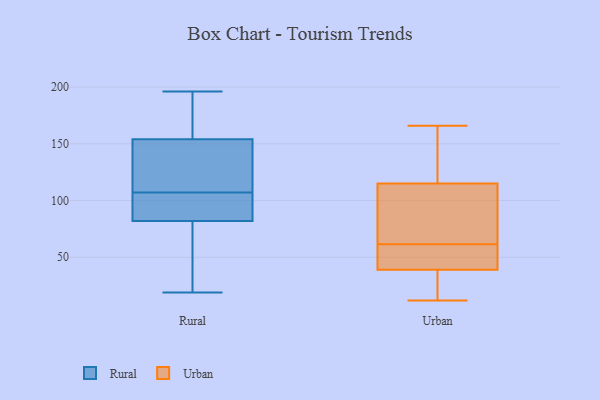
{"axis": {"x": "Humidity (%)", "y": "Value"}, "legend": ["Rural", "Urban"], "data": [{"x": "", "y": 57, "type": "Rural"}, {"x": "", "y": 49, "type": "Rural"}, {"x": "", "y": 97, "type": "Rural"}, {"x": "", "y": 151, "type": "Rural"}, {"x": "", "y": 175, "type": "Rural"}, {"x": "", "y": 196, "type": "Rural"}, {"x": "", "y": 83, "type": "Rural"}, {"x": "", "y": 33, "type": "Rural"}, {"x": "", "y": 104, "type": "Rural"}, {"x": "", "y": 121, "type": "Rural"}, {"x": "", "y": 19, "type": "Rural"}, {"x": "", "y": 157, "type": "Rural"}, {"x": "", "y": 129, "type": "Rural"}, {"x": "", "y": 110, "type": "Rural"}, {"x": "", "y": 192, "type": "Rural"}, {"x": "", "y": 82, "type": "Rural"}, {"x": "", "y": 163, "type": "Rural"}, {"x": "", "y": 92, "type": "Rural"}, {"x": "", "y": 148, "type": "Rural"}, {"x": "", "y": 82, "type": "Rural"}, {"x": "", "y": 39, "type": "Urban"}, {"x": "", "y": 46, "type": "Urban"}, {"x": "", "y": 38, "type": "Urban"}, {"x": "", "y": 92, "type": "Urban"}, {"x": "", "y": 147, "type": "Urban"}, {"x": "", "y": 115, "type": "Urban"}, {"x": "", "y": 33, "type": "Urban"}, {"x": "", "y": 45, "type": "Urban"}, {"x": "", "y": 100, "type": "Urban"}, {"x": "", "y": 96, "type": "Urban"}, {"x": "", "y": 26, "type": "Urban"}, {"x": "", "y": 51, "type": "Urban"}, {"x": "", "y": 130, "type": "Urban"}, {"x": "", "y": 166, "type": "Urban"}, {"x": "", "y": 164, "type": "Urban"}, {"x": "", "y": 72, "type": "Urban"}, {"x": "", "y": 12, "type": "Urban"}, {"x": "", "y": 49, "type": "Urban"}]}